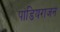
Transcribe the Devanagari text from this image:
पांडियराजन